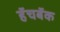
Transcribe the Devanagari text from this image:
हॅचबॅक